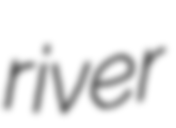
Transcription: river